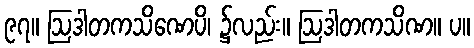
၉၇။ ဩဒါတကသိဏေပိ၊ ၌လည်း။ ဩဒါတကသိဏ။ ပ။